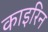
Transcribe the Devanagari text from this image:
काइरिन